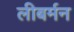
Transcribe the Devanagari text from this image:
लीबर्मन